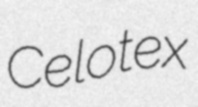
Celotex